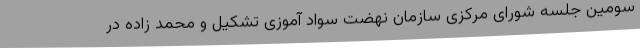
سومین جلسه شورای مرکزی سازمان نهضت سواد آموزی تشکیل و محمد زاده در